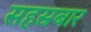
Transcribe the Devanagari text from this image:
सहस्रबार